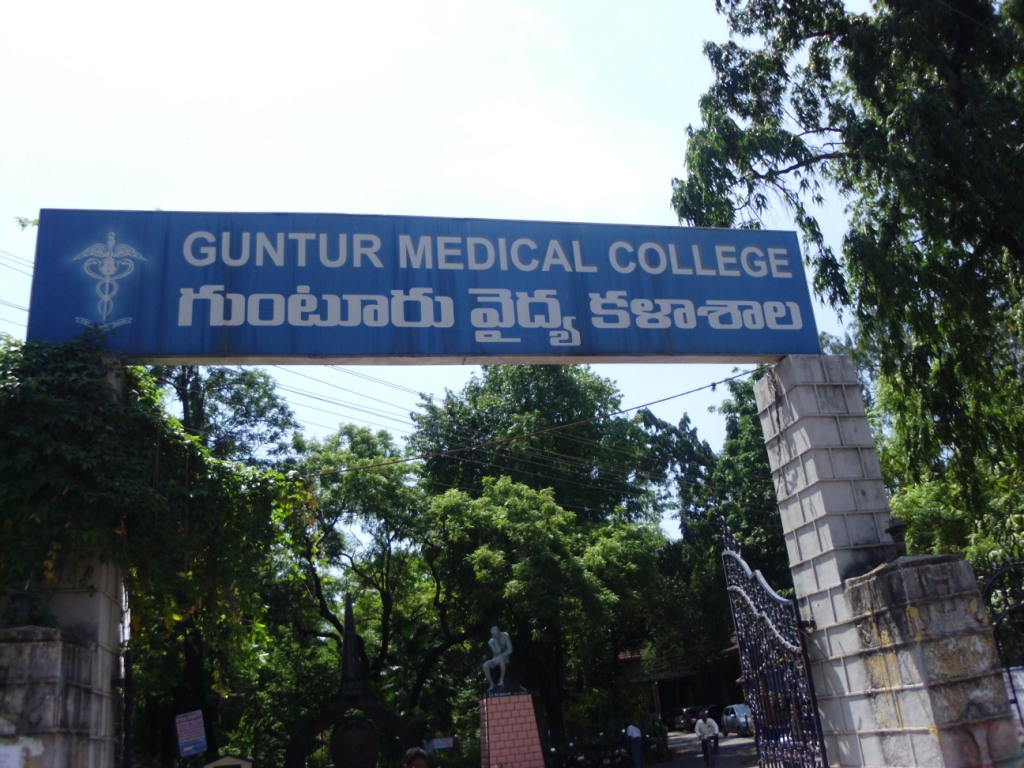
Language: telugu
Transcription: గుంటూరు వైద్య కళాశాల